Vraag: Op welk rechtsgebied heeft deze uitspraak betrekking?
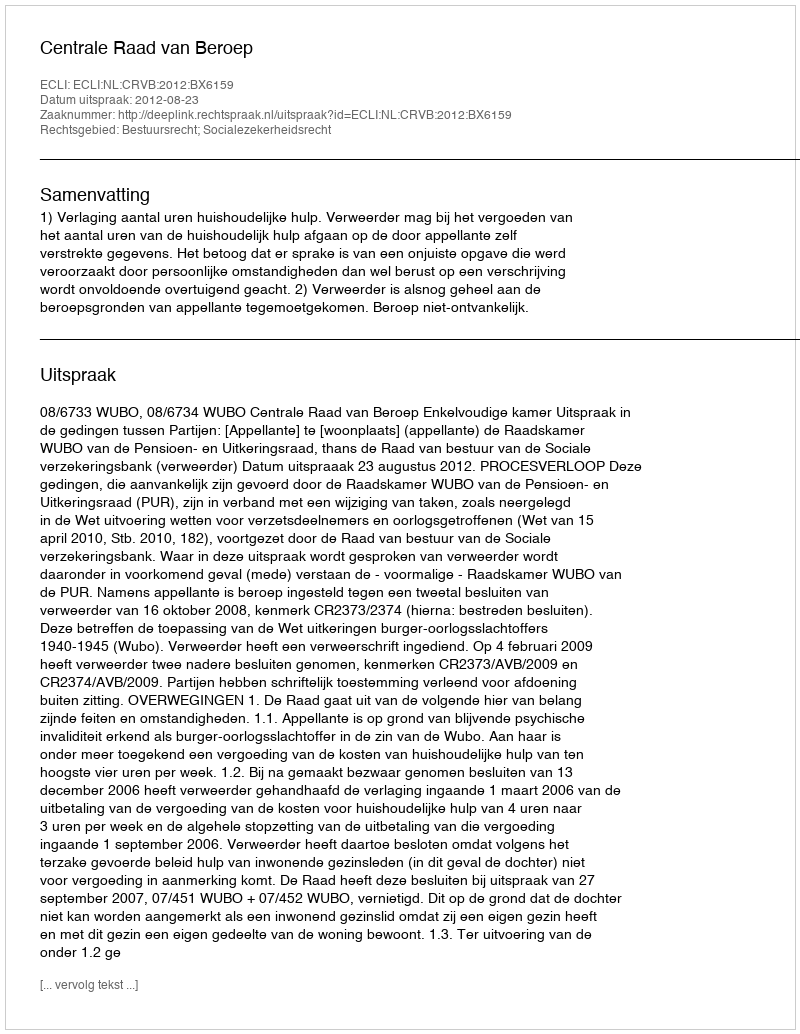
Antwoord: Bestuursrecht; Socialezekerheidsrecht